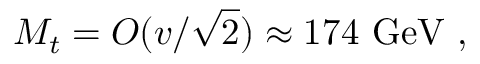
M _ { t } = O ( v / { \sqrt { 2 } } ) \approx 1 7 4 { \mathrm { ~ G e V } } ~ ,